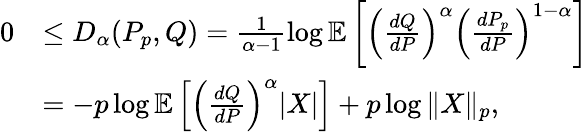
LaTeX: \begin{array}{rl}{0}&{\leq D_{\alpha}(P_{p},Q)=\frac 1{\alpha-1}\log\mathbb{E}\left[\left(\frac{dQ}{dP}\right)^{\alpha}\left(\frac{dP_{p}}{dP}\right)^{1-\alpha}\right]}\\ &{=-p\log\mathbb{E}\left[\left(\frac{dQ}{dP}\right)^{\alpha}|X|\right]+p\log\| X\| _{p},}\end{array}